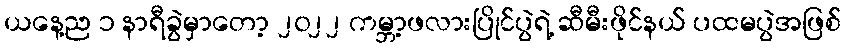
ယနေ့ည ၁ နာရီခွဲမှာတော့ ၂၀၂၂ ကမ္ဘာ့ဖလားပြိုင်ပွဲရဲ့ ဆီမီးဖိုင်နယ် ပထမပွဲအဖြစ်